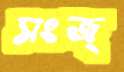
সংজ্